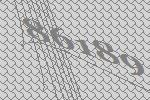
86189